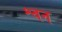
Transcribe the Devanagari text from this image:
श्वन